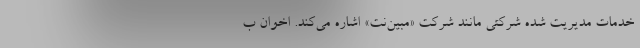
خدمات مدیریت شده شرکتی مانند شرکت «مبین‌نت» اشاره می‌کند. اخوان ب